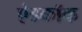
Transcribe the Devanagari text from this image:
ऐडकॉक